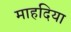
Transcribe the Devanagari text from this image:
माहदिया